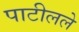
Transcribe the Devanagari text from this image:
पाटीलले